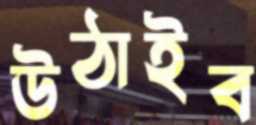
উঠাইব